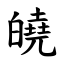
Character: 皢